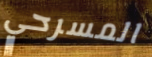
المسرحي